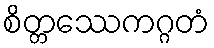
စိတ္တဿေကဂ္ဂတံ